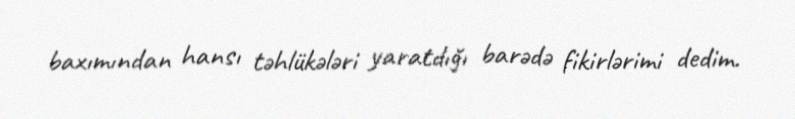
baxımından hansı təhlükələri yaratdığı barədə fikirlərimi dedim.